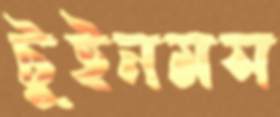
টুইনমস